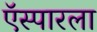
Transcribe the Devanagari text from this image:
ऍस्पारला